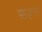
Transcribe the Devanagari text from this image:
खज़ान